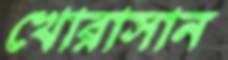
খোরাসান